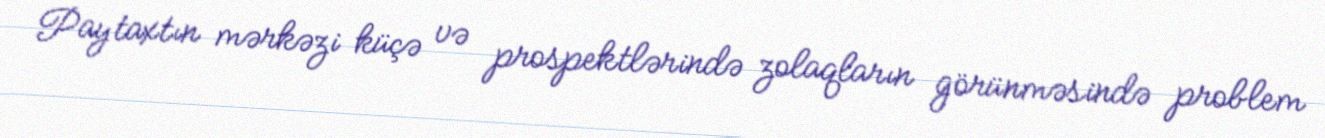
Paytaxtın mərkəzi küçə və prospektlərində zolaqların görünməsində problem